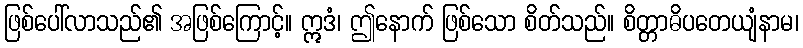
ဖြစ်ပေါ်လာသည်၏ အဖြစ်ကြောင့်။ ဣဒံ၊ ဤနောက် ဖြစ်သော စိတ်သည်။ စိတ္တာဓိပတေယျံနာမ၊